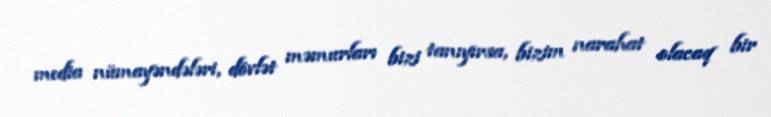
media nümayəndələri, dövlət məmurları bizi tanıyırsa, bizim narahat olacaq bir